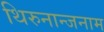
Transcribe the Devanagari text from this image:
थिरुनान्जनाम